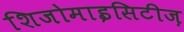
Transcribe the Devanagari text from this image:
शिजोमाइसिटीज़